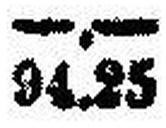
94.25